Civil Veterinary Department Bihar reports 1936-40 - 1936-1940
Year: 1936
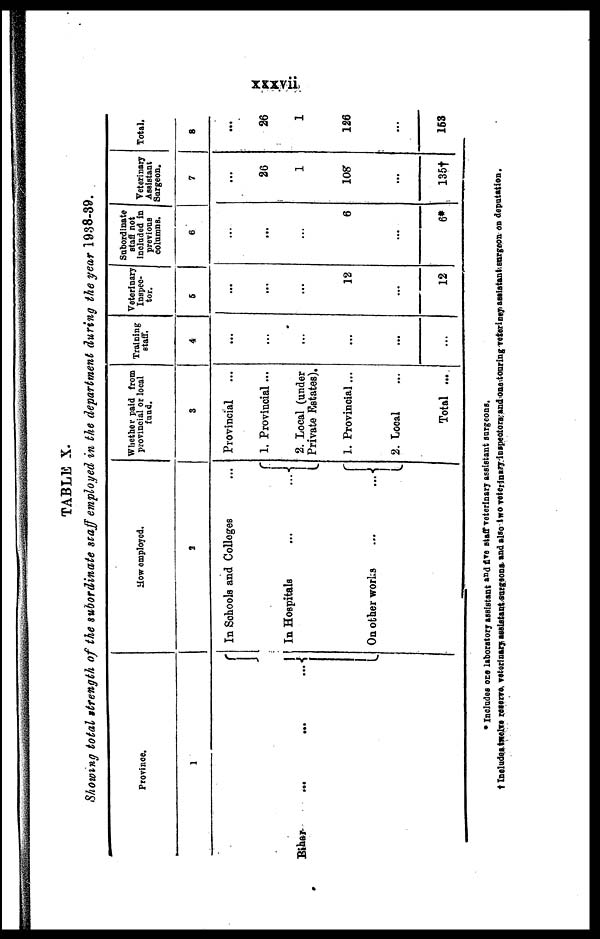
xxxvii
TABLE X.
Showing total strength of the subordinate staff employed in the department during the year 19.38-89.
Province.
1
Bihar ... ... ...
How employed.
3
In Schools and Colleges ...
In Hospitals
...
...
On other works ... ...
Whether paid from
provincial or local
fund.
3
Provincial ...
1. Provincial ...
2. Local (under
Private Estates),
1. Provincial ...
2. Local ...
Total ...
Training
staff.
4
...
...
...
...
...
...
Veterinary
Inspec-
tor.
6
...
...
...
12
...
12
Subordinate
staff not
Included in
previous
columns.
6
...
...
...
6
...
6*
Veterinary
Assistant
Surgeon.
7
...
26
1
108
...
135†
Total.
8
...
26
1
126
...
163
* Includes one laboratory assistant and five staff veterinary assistant surgeons.
Includes twelve reserve veterinary assistant surgeons, and also two veterinary Inspectors and one touring veteriney assiatant surgeon on deputation.